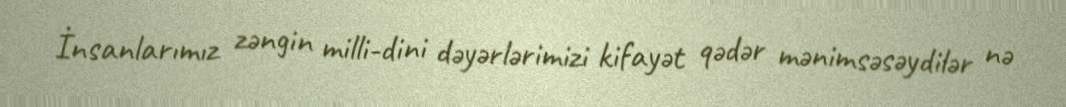
İnsanlarımız zəngin milli-dini dəyərlərimizi kifayət qədər mənimsəsəydilər nə